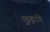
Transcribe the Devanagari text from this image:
छ़ुडाने